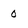
Character: 0